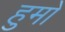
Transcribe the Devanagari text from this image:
हुमो